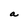
Character: a